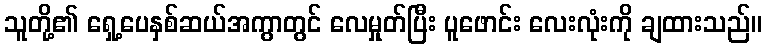
သူတို့၏ ရှေ့ပေနှစ်ဆယ်အကွာတွင် လေမှုတ်ပြီး ပူဖောင်း လေးလုံးကို ချထားသည်။